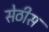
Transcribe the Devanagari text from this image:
सेठीस